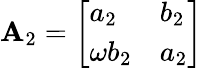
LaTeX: \mathbf{A}_{2}={\left[\begin{array}{ll}{a_{2}}&{b_{2}}\\ {\omega b_{2}}&{a_{2}}\end{array}\right]}